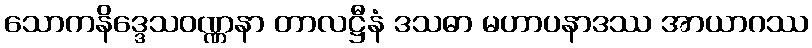
သောကနိဒ္ဒေသဝဏ္ဏနာ တာလဋ္ဌီနံ ဒသဓာ မဟာပနာဒဿ အာယာဂဿ